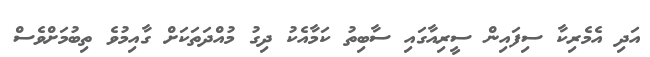
އަދި އެމެރިކާ ސިފައިން ސީރިއާގައި ސާބިތު ކަމާއެކު ދިގު މުއްދަތަކަށް ގާއިމުވެ ތިބުމަށްވެސް